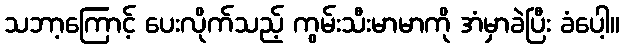
သဘာ့ကြောင့် ပေးလိုက်သည့် ကွမ်းသီးမာမာကို အံမှာခဲပြီး ခံပေါ့။